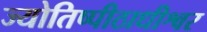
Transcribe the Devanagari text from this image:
ज्योतिष्पीठाधीश्वर